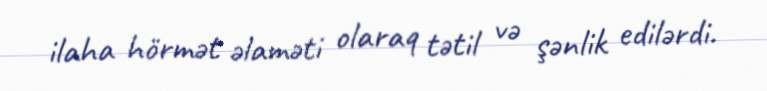
ilaha hörmət əlaməti olaraq tətil və şənlik edilərdi.